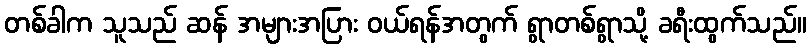
တစ်ခါက သူသည် ဆန် အများအပြား ဝယ်ရန်အတွက် ရွာတစ်ရွာသို့ ခရီးထွက်သည်။